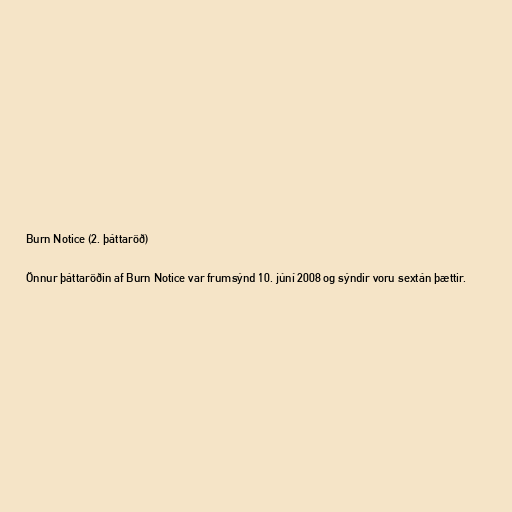
Burn Notice (2. þáttaröð)

Önnur þáttaröðin af Burn Notice var frumsýnd 10. júní 2008 og sýndir voru sextán þættir.